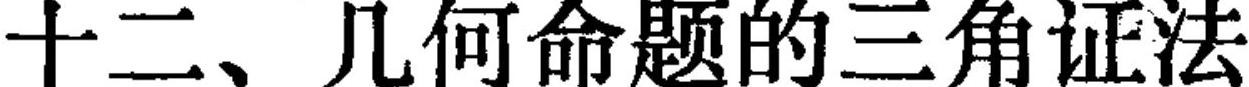
十二、几何命题的三角证法